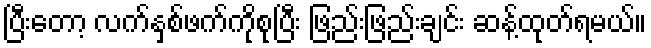
ပြီးတော့ လက်နှစ်ဖက်ကိုစုပြီး ဖြည်းဖြည်းချင်း ဆန့်ထုတ်ရမယ်။